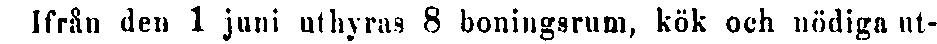
Ifrån den 1 juni uthyras 8 boningsrum, kök och nödiga ut-